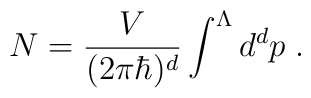
N = \frac{V}{(2 \pi \hbar)^{d}} \int^{\Lambda} d^{d}p \; .